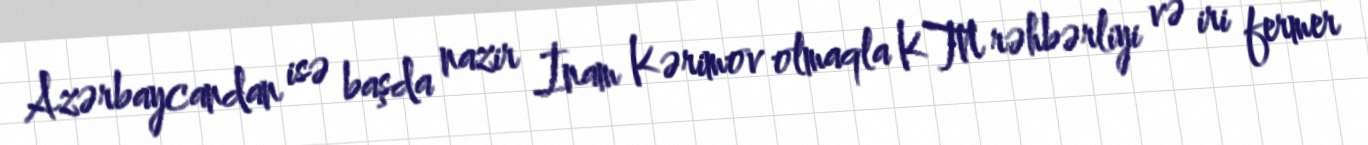
Azərbaycandan isə başda nazir İnam Kərimov olmaqla KTN rəhbərliyi və iri fermer